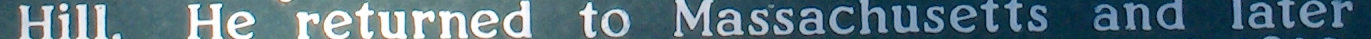
Hill. He returned to Massachusetts and later